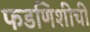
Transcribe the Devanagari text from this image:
फडणिशीची